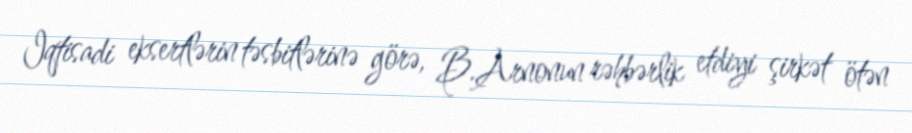
Iqtisadi eksertlərin təsbitlərinə görə, B.Arnonun rəhbərlik etdiyi şirkət ötən